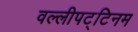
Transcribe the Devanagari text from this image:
वल्लीपट्टिनम